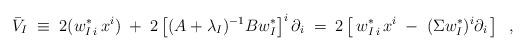
LaTeX: \begin{align*} \bar{V}_I \;\equiv\; 2(w^*_{I\,i} \, x^i) \;+\; 2 \left[(A+\lambda_I)^{-1} B w_I^* \right]^i \partial_i \;=\; 2\left[ \, w^*_{I\,i} \, x^i \;-\; (\Sigma w_I^*)^i \partial_i \, \right]\;\;, \end{align*}